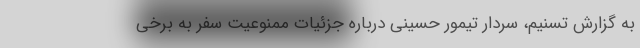
به گزارش تسنیم، سردار تیمور حسینی درباره جزئیات ممنوعیت سفر به برخی